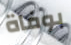
بوفاة